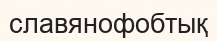
славянофобтық